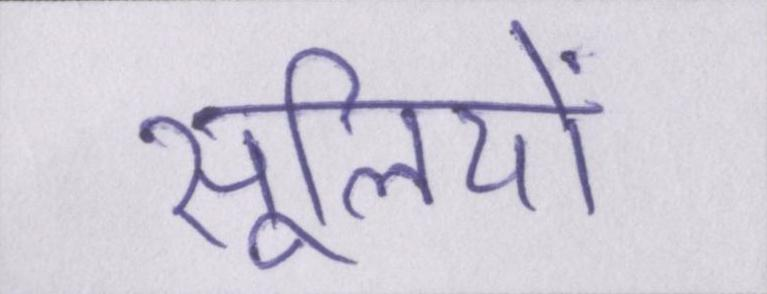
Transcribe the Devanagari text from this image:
सूलियों